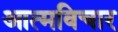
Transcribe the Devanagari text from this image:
आत्मविचार